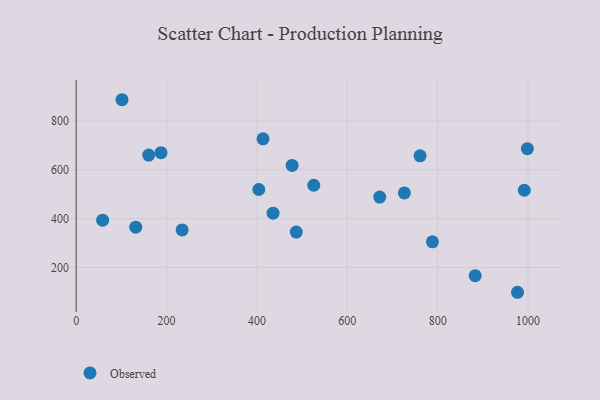
{"axis": {"x": "Price", "y": "Sales"}, "legend": ["Observed"], "data": [{"x": "671.8", "y": 488.2, "type": "Observed"}, {"x": "788.5", "y": 304.9, "type": "Observed"}, {"x": "435.7", "y": 422.1, "type": "Observed"}, {"x": "761.1", "y": 657.3, "type": "Observed"}, {"x": "487.1", "y": 344.8, "type": "Observed"}, {"x": "883.1", "y": 166.4, "type": "Observed"}, {"x": "525.8", "y": 536.6, "type": "Observed"}, {"x": "413.5", "y": 727.0, "type": "Observed"}, {"x": "998.6", "y": 686.5, "type": "Observed"}, {"x": "58.5", "y": 393.5, "type": "Observed"}, {"x": "976.7", "y": 98.3, "type": "Observed"}, {"x": "991.8", "y": 516.3, "type": "Observed"}, {"x": "726.3", "y": 505.4, "type": "Observed"}, {"x": "477.9", "y": 617.8, "type": "Observed"}, {"x": "101.4", "y": 887.0, "type": "Observed"}, {"x": "131.8", "y": 365.0, "type": "Observed"}, {"x": "404.1", "y": 519.2, "type": "Observed"}, {"x": "160.5", "y": 660.2, "type": "Observed"}, {"x": "187.7", "y": 670.2, "type": "Observed"}, {"x": "234.5", "y": 353.5, "type": "Observed"}]}